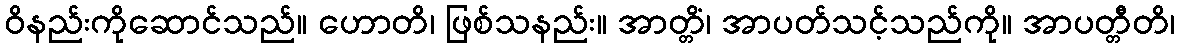
ဝိနည်းကိုဆောင်သည်။ ဟောတိ၊ ဖြစ်သနည်း။ အာတ္တိံ၊ အာပတ်သင့်သည်ကို။ အာပတ္တီတိ၊